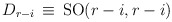
\begin{align*}D_{r-i} \, \equiv \, \mathrm{SO}(r-i,r-i)\end{align*}